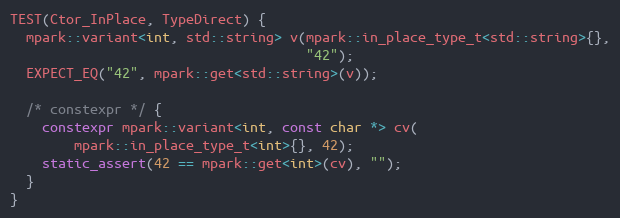
Language: C++
TEST(Ctor_InPlace, TypeDirect) {
  mpark::variant<int, std::string> v(mpark::in_place_type_t<std::string>{},
                                     "42");
  EXPECT_EQ("42", mpark::get<std::string>(v));

  /* constexpr */ {
    constexpr mpark::variant<int, const char *> cv(
        mpark::in_place_type_t<int>{}, 42);
    static_assert(42 == mpark::get<int>(cv), "");
  }
}